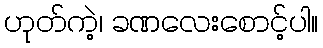
ဟုတ်ကဲ့၊ ခဏလေးစောင့်ပါ။